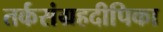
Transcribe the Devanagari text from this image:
तर्कसंग्रहदीपिका